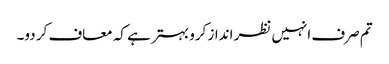
تم صرف انہیں نظر انداز کرو بہتر ہے کہ معاف کر دو۔